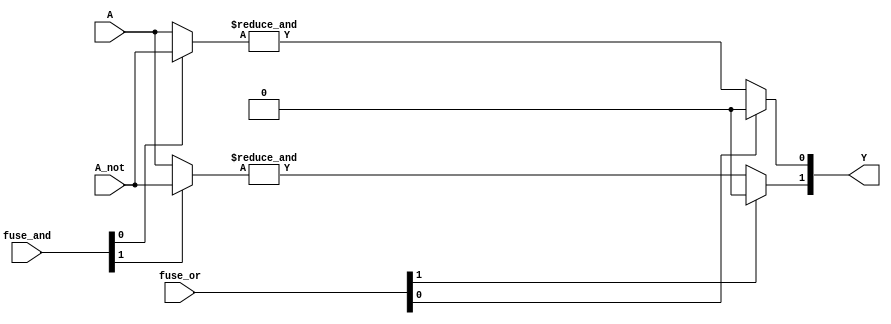
module pla #(parameter N=4, parameter M=2)(
    input wire [N-1:0] A,      // Inputs
    input wire [N-1:0] A_not,  // Inverted Inputs
    input wire [M-1:0] fuse_and, // Fuse connections for AND gates
    input wire [M-1:0] fuse_or,  // Fuse connections for OR gates
    output reg [M-1:0] Y        // Outputs
);

// Declare the internal AND outputs
wire [M-1:0] and_out;

// AND Array
genvar i, j;
generate
    for (i = 0; i < M; i = i + 1) begin : and_array
        wire [N-1:0] and_inputs;
        
        // Connect inputs to AND gates based on fuse connections
        assign and_inputs = (fuse_and[i] == 1'b0) ? A : A_not; // Simplified example
        assign and_out[i] = &and_inputs; // AND operation
    end
endgenerate

// OR Array
generate
    for (j = 0; j < M; j = j + 1) begin : or_array
        // Connect AND outputs to OR gates based on fuse connections
        always @(*) begin
            Y[j] = 0; // Initialize output
            if (fuse_or[j] == 1'b0) begin
                Y[j] = Y[j] | and_out[j]; // OR operation
            end
        end
    end
endgenerate

endmodule